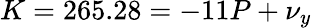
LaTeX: K=265.28=-11P+\nu_{y}